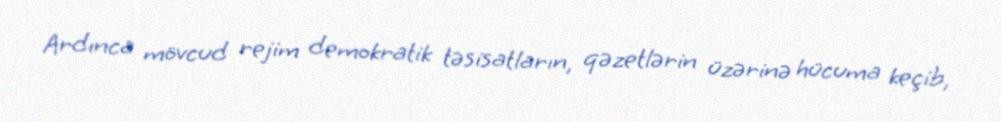
Ardınca mövcud rejim demokratik təsisatların, qəzetlərin üzərinə hücuma keçib,